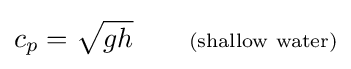
c_{p}={\sqrt {gh}}\qquad \scriptstyle {\text{(shallow water)}}